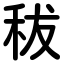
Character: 秡